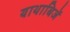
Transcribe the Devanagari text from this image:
याथाबिजें